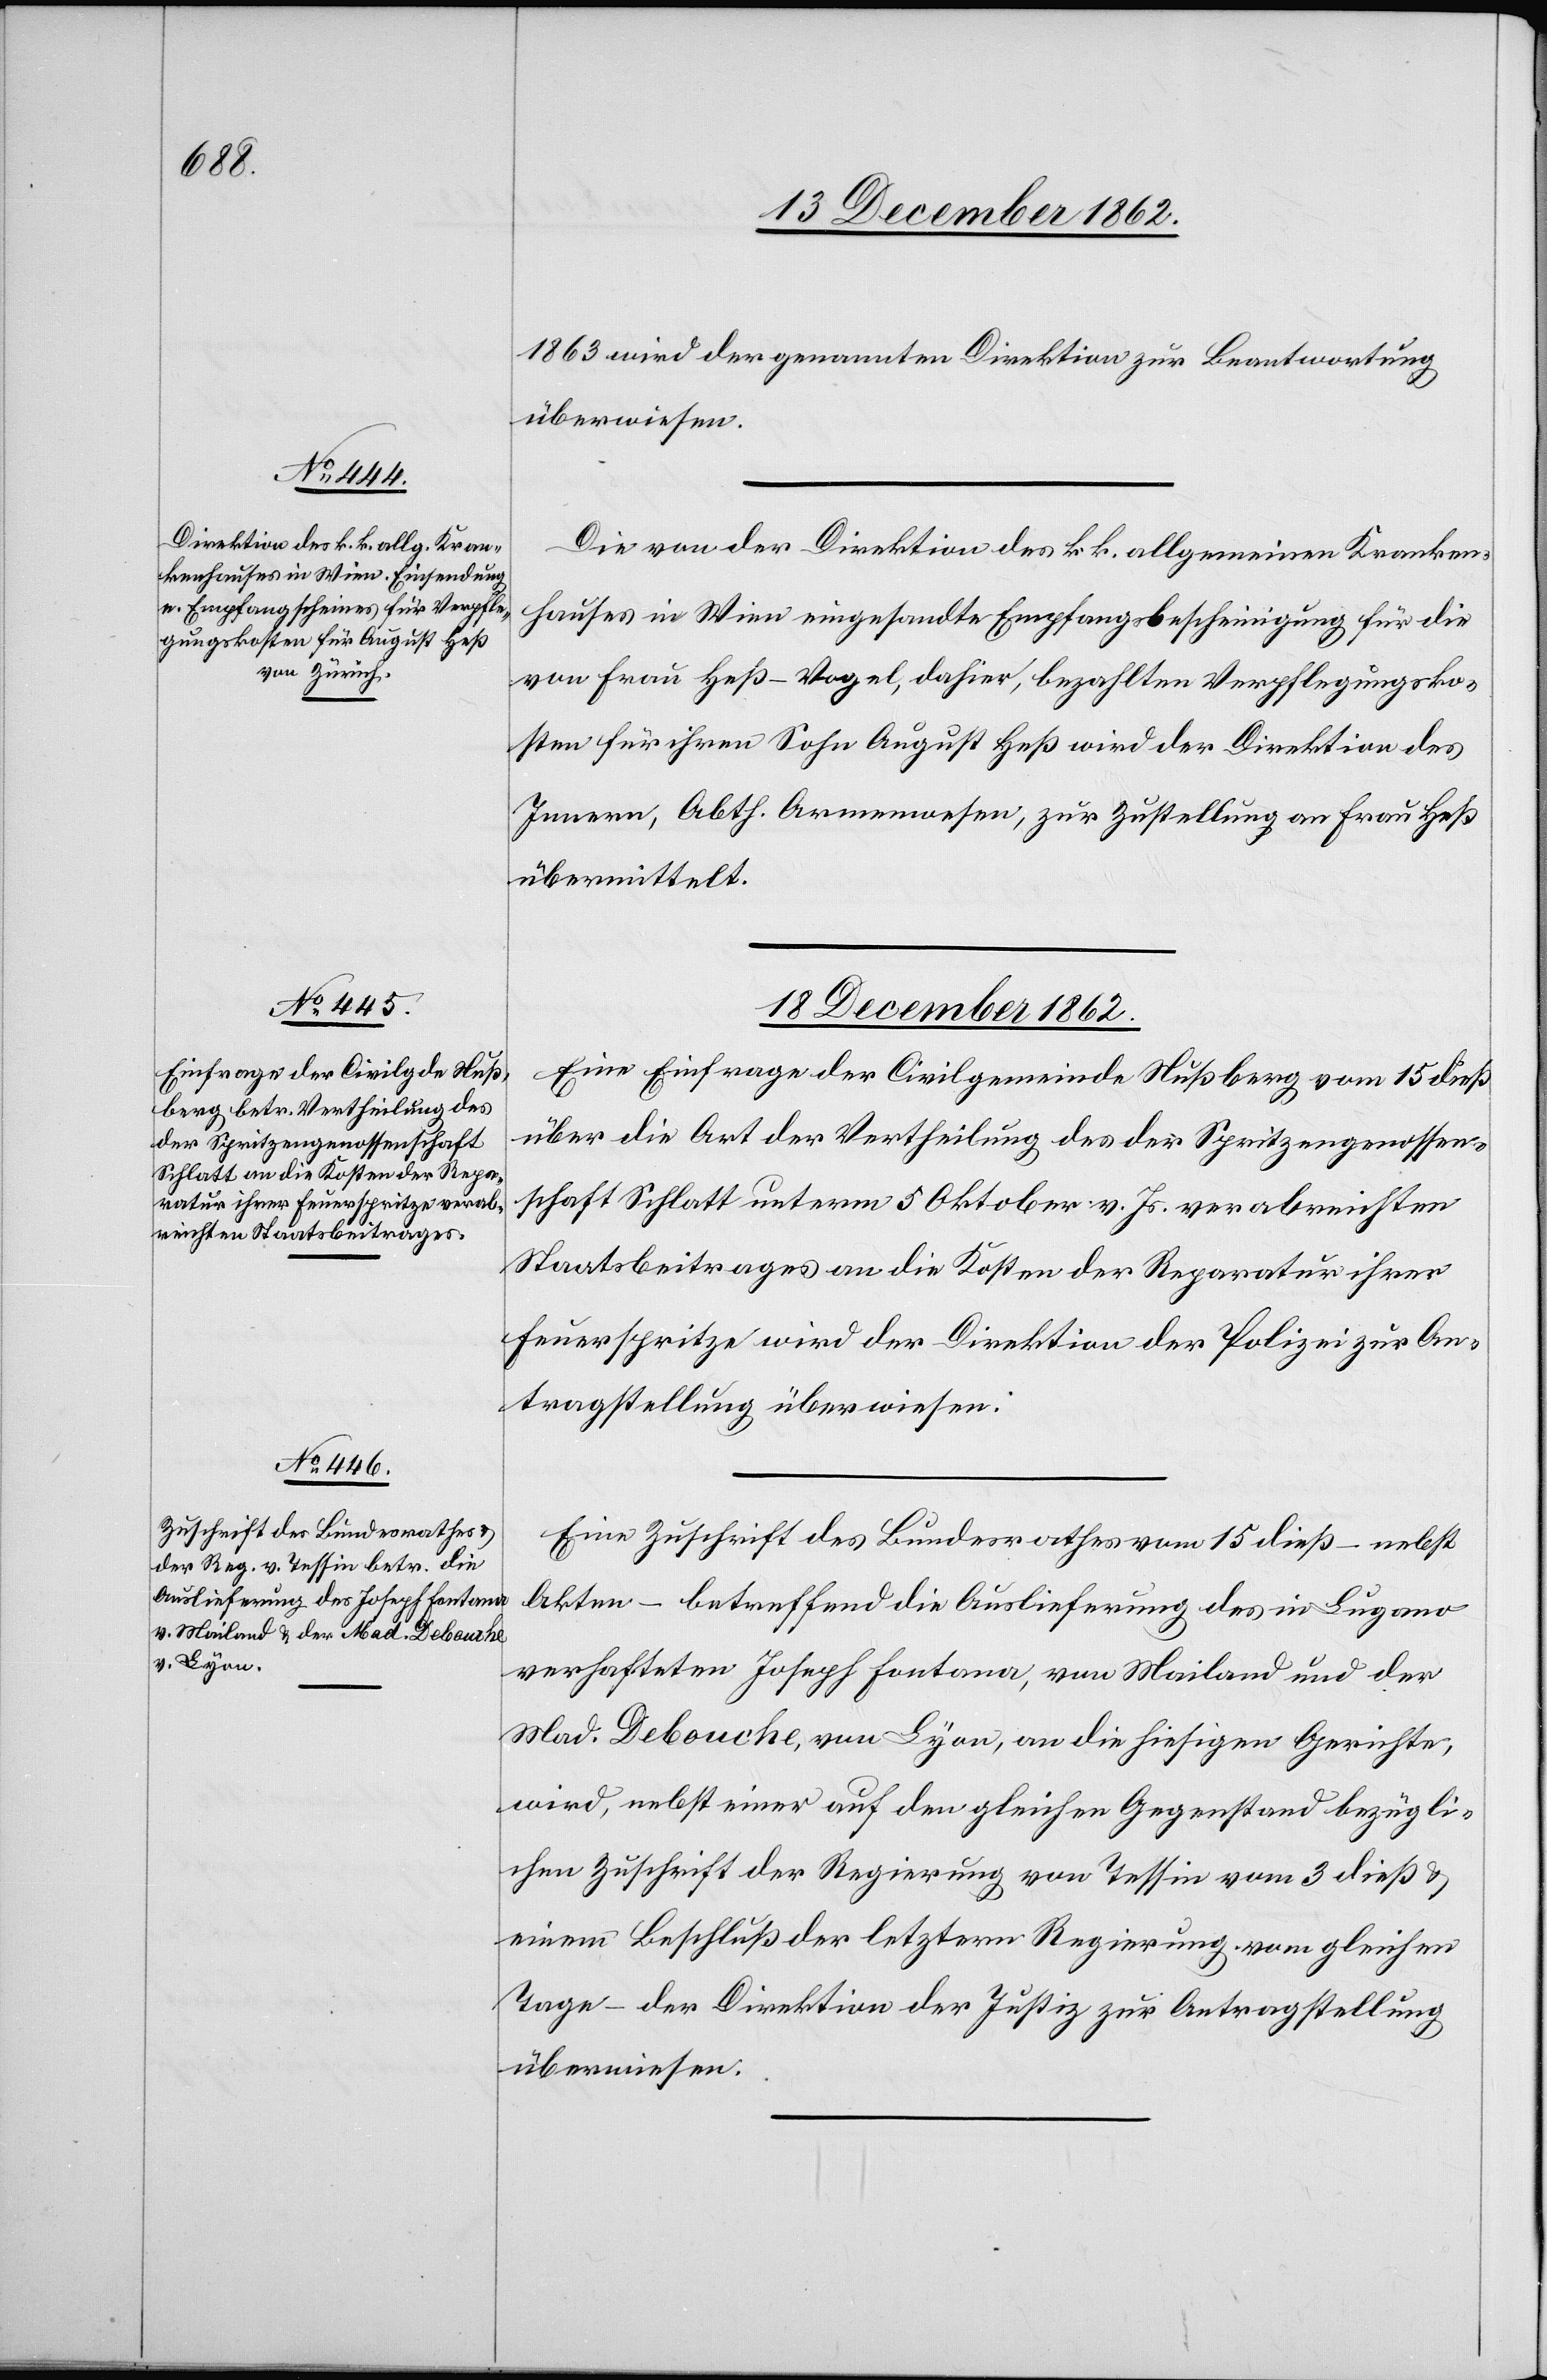
17. December 1862.]
1863 wird der genannten Direktion zur Beantwortung
überwiesen.
Die von der Direktion des k. k. allgemeinen Kranken¬
hauses in Wien eingesandte Empfangsbescheinigung für die
von Frau Heß-Vogel, dahier, bezahlten Verpflegungsko¬
sten für ihren Sohn August Heß wird der Direktion des
Innern, Abth. Armenwesen, zur Zustellung an Frau Heß
übermittelt.
18. December 1862.]
Eine Einfrage der Civilgemeinde Nußberg vom 15. dieß
über die Art der Vertheilung des der Spritzengenossen¬
schaft Schlatt unterm 5. Oktober v. Js. verabreichten
Staatsbeitrages an die Kosten der Reparatur ihrer
Feuerspritze wird der Direktion der Polizei zur An¬
tragstellung überwiesen.
Eine Zuschrift des Bundesrathes vom 15. dieß – nebst
Akten – betreffend die Auslieferung des in Lugano
verhafteten Joseph Fontana, von Mailand und der
Mad. Debouche, von Lyon, an die hiesigen Gerichte,
wird, nebst einer auf den gleichen Gegenstand bezügli¬
chen Zuschrift der Regierung von Tessin vom 3. dieß
einem Beschluß der letztern Regierung vom gleichen
Tage – der Direktion der Justiz zur Antragstellung
überwiesen.